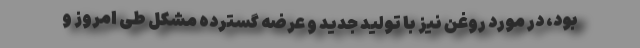
بود، در مورد روغن نیز با تولید جدید و عرضه گسترده مشکل طی امروز و